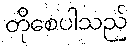
တိုစေပါသည်